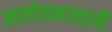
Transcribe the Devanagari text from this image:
आलोचनाशात्री